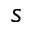
s